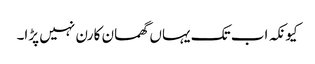
کیونکہ اب تک یہاں گھمسان کا رن نہیں پڑا۔